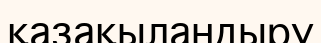
қазақыландыру